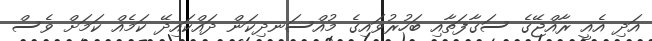
އަދި އެއީ ރާއްޖޭގެ ސަގާފަތާއި ބަހުރުވައިގެ މުއްސަނދިކަން ދައްކައިދޭ ކަމެއް ކަމަށް ވެސް